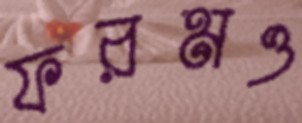
ফরমও